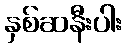
နှစ်ဆနီးပါး